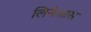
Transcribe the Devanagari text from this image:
लिनेआस